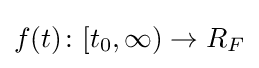
f(t)\colon [t_{0},\infty )\rightarrow R_{F}